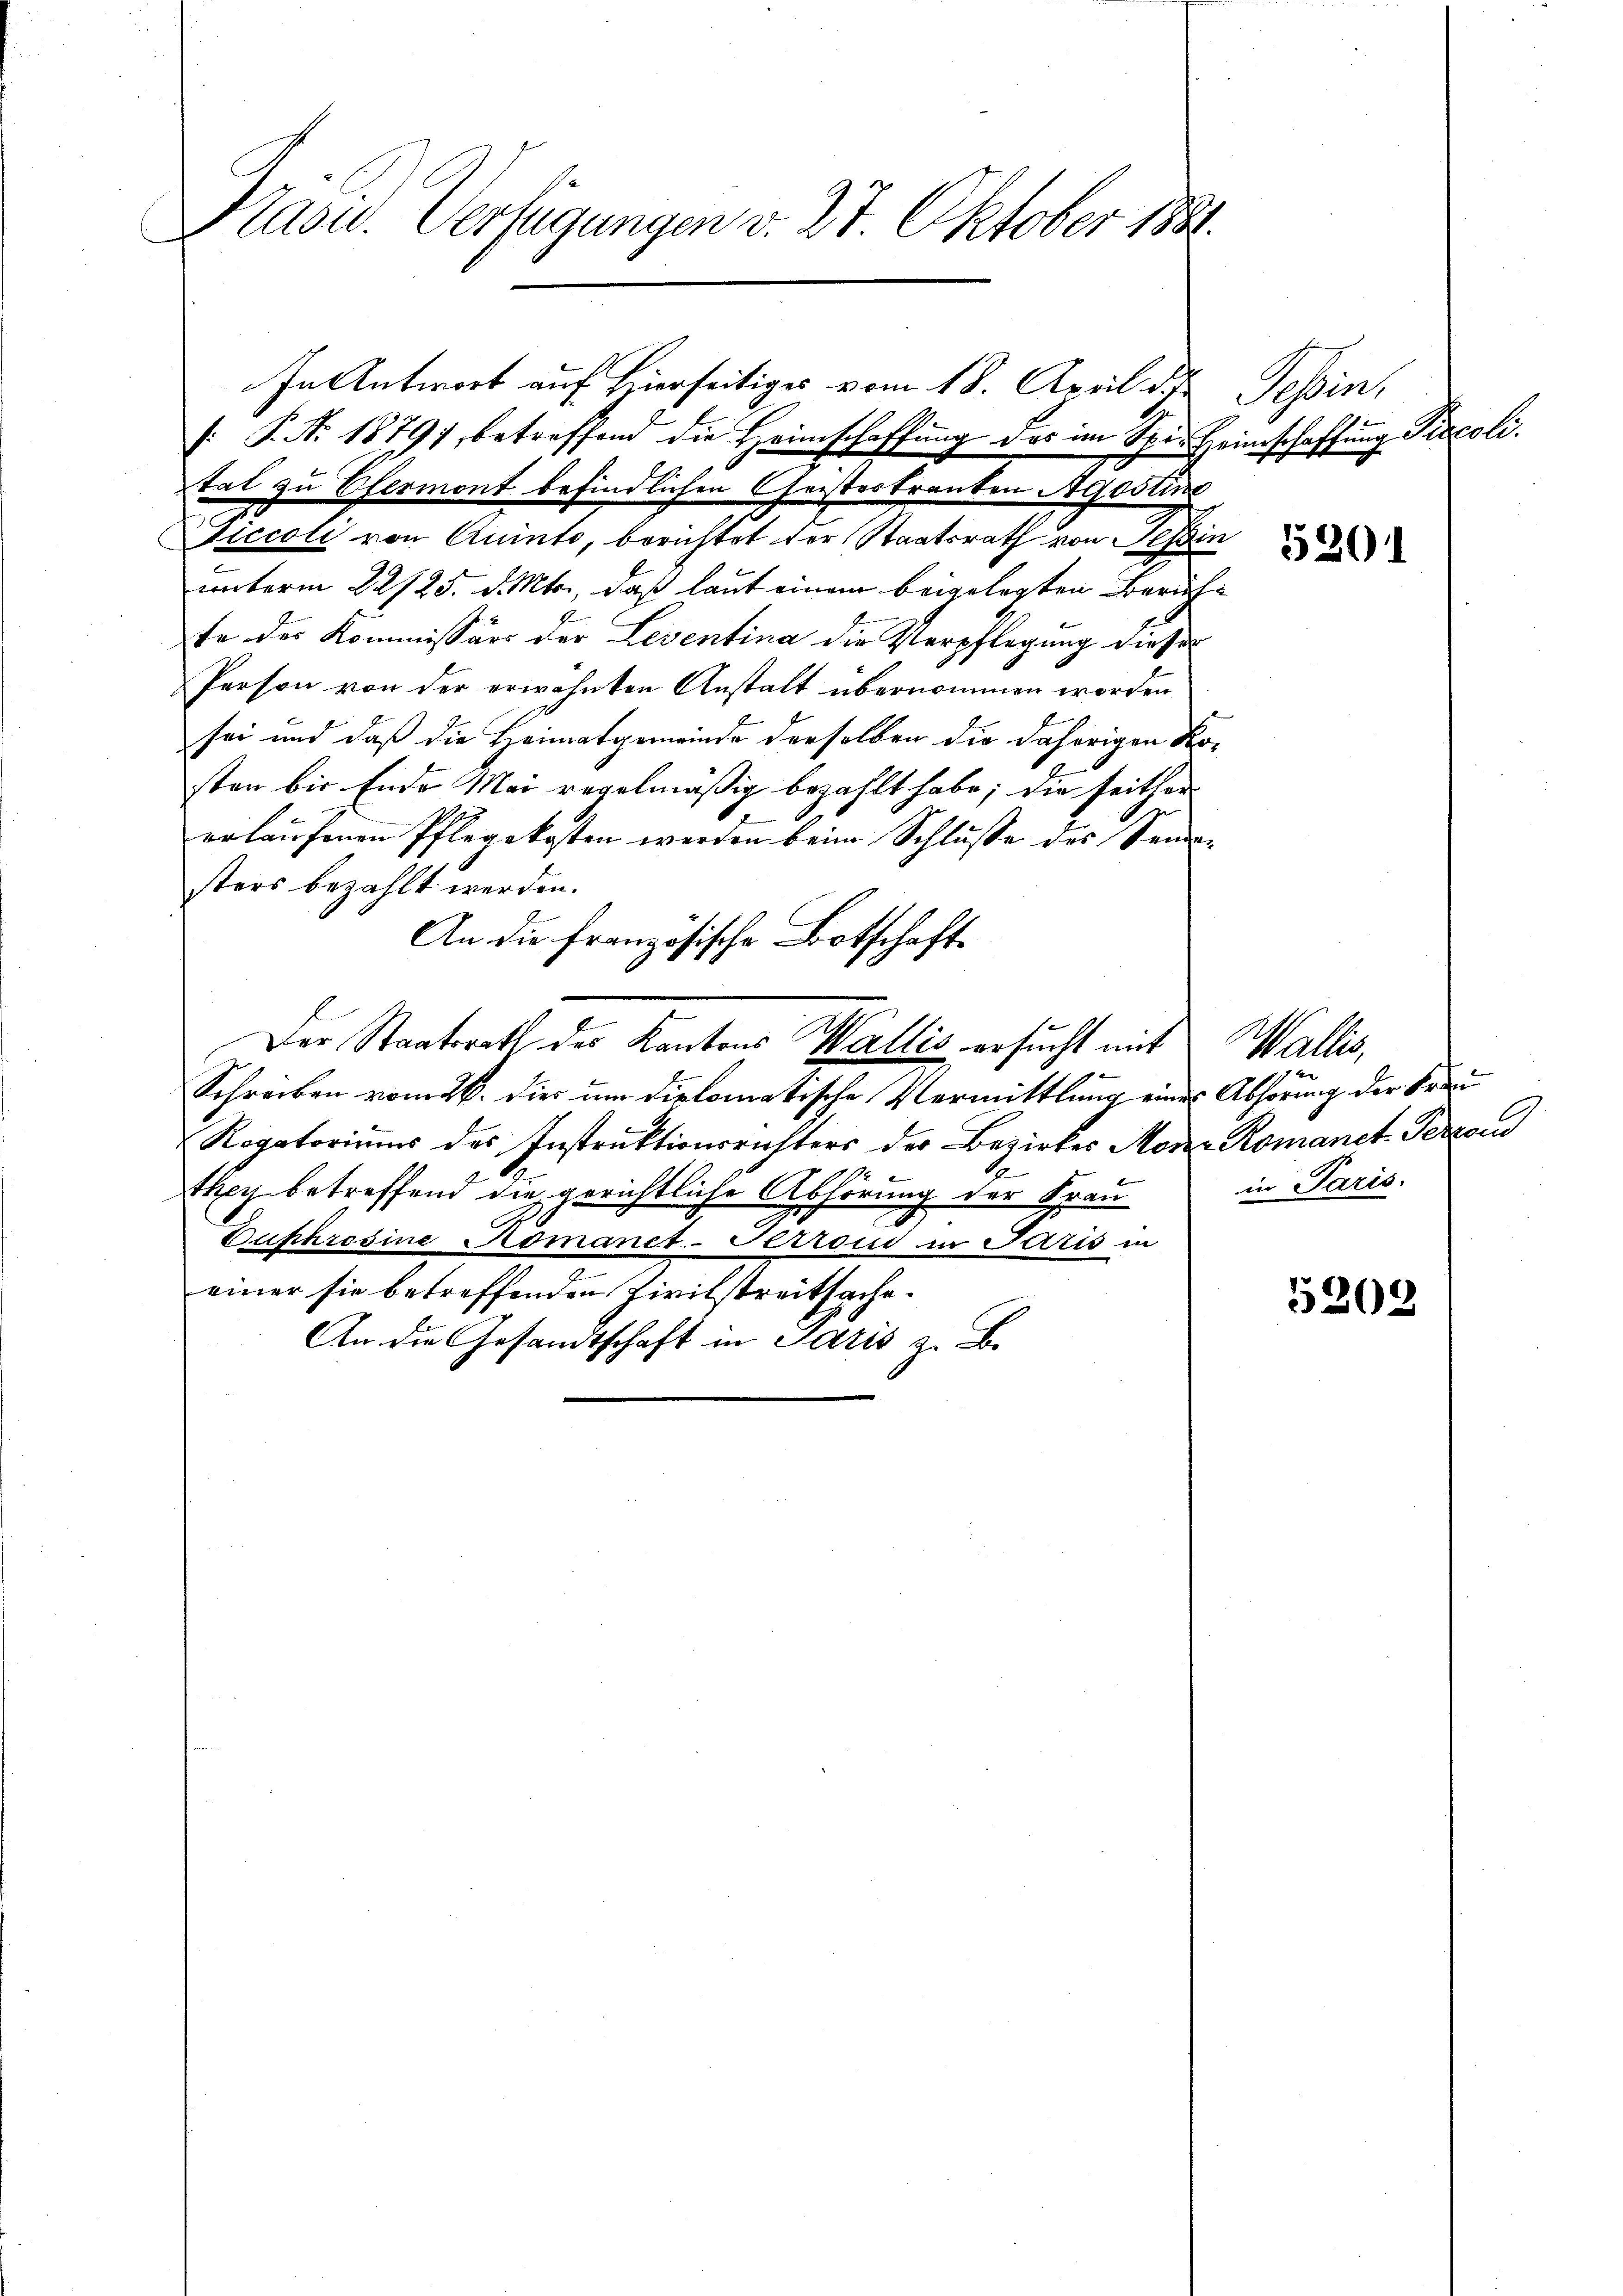
Präsid. Verfügungen v. 27. Oktober 1881.

P. Nr. 1879 betreffend die Heimschaffung des im Spir Heimschaffung Piccoli.
tat zu Efermont befindlichen Geistertrauten Agostis
Ziccoli von Quinto, berichtet der Staatsrath von Tessin
unterm 22/25. d. Mts., daß laut einem beigelegten Zürichte der Kommissärs der Leventina die Verpflegung dieser
Person von der erwähnten Anstalt übernommen worden
sei und daß die Heimatgemeinde derselben die daherigen Kosten bis Ende Mai regelmäßig bezahlt habe; die seither
erlaŭfenen Pflegekosten werden beim Schlŭsse des Sendan
sters bezahlt werden.
An die französische Botschaft¬
Der Staatsrath der Kantons Wallis ersucht mit Wallis,
Schreiben vom 26. dies um diplomatische Vermittlung eines Abhörung der Frau
Rogatoriums des Instruktionsrichters der Bezirkes Morez Romanet-Terzeu
they betreffend die gerichtliche Abhörung der Frau
Euphrosine Romanet-Terroud in Paris in
einer sie betreffenden Zivilstreitsache.
An die Gesandtschaft in Paris z. B.

In Antwort auf Hierseitiges vom 18. April d. Tessin,

5201

in Paris.

5202